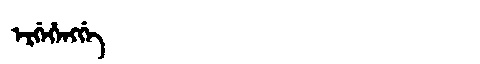
Manchu: ᡝᡵᡤᡝᡥᡝᠩᡤᡝ
Romanization: ERGEHENGGE